Vaccination in Bombay 1913-1923 - 1913-1923
Year: 1913
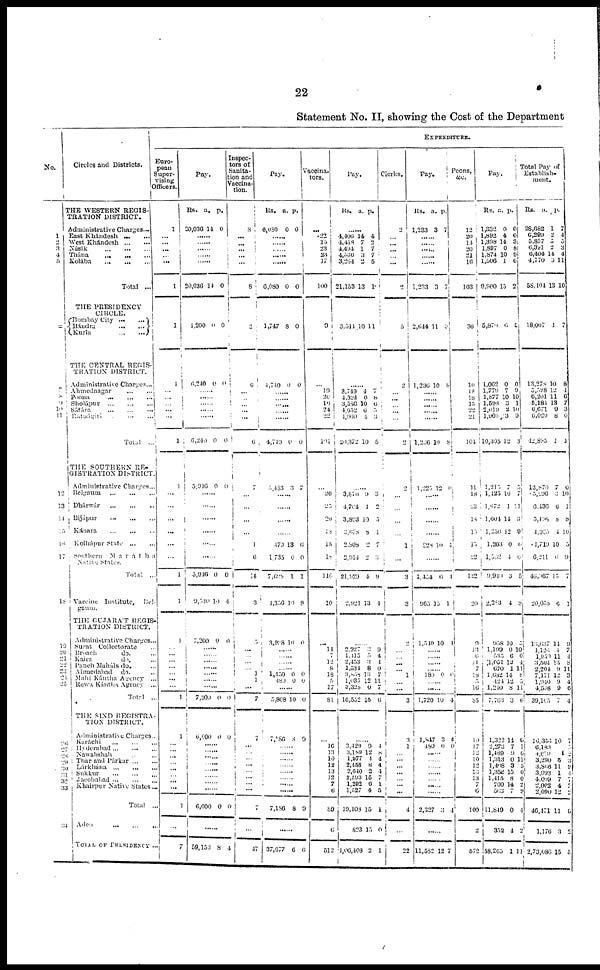
22
Statement No. II, showing the Cost of the Department
No.
1
2
3
4
5
6
7
8
9
10
11
12
13
14
15
16
17
18
19
20
21
22
23
24
25
26
27
28
29
30
31
32
33
34
Circles and Districts.
THE WESTERN REGIS-
TRATION DISTRICT.
Administrative Charges...
East Khándesh ... ...
West Khándesh ... ...
Násik
...
...
...
Thána...
...
...
Kolába
...
...
...
Total
...
THE PRESIDENCY
CIRCLE.
Bombay City
...
...
Bándra ... ...
Kurla
...
...
THE CENTRAL REGIS¬
TRATION DISTRICT.
Administrative Charges...
Ahmednagar
...
...
Poona
...
...
...
Sholápur
...
...
...
Sátára
...
...
...
Ratnágiri
...
...
Total ...
THE SOUTHERN RE-
GISTRATION DISTRICT.
Administrative Charges...
Belaum
...
...
...
Dhárwár
...
...
...
Bijápur
...
...
...
Kánara
...
...
...
Kolhápur State
...
...
Southern
Marátha
Native states.
Total
...
Vaccine
Institute,
Bel¬
gaum.
THE GUJARAT REGIS¬
TRATION DISTRICT.
Administrative Charges...
Surat
Collectorate ...
Broach
do. ...
Kaira
do. ...
Panch Maháls do. ...
Ahmedabad
do. ...
Mahi Kántha Agency
...
Rewa Kántha Agency
...
Total ...
THE SIND REGISTRA¬
TION DISTRICT.
Administrative Charges...
Karáchi
...
...
...
Hyderabad...
...
...
Nawabshah ... ...
Thar and Párkar... ...
Lárkhána
...
...
...
Sukkur
...
...
...
Jacobabad
...
...
...
khairpur Native States ...
Total
...
Aden
...
...
...
TOTAL OF
PRESIDENCY...
EXPENDITURE.
Euro-
pean
Super-
vising
Officers.
1
......
...
...
...
...
1
1
1
...
...
...
...
...
1
1
...
...
...
...
...
...
1
1
1
...
...
...
...
...
...
...
1
1
...
... ...
... ...
... ...
...
1
...
7
Pay.
Rs.
20,036
a.
14
p.
0
......
......
......
......
......
20,036
14 0
4,200 0
0
6,240 0
0
......
......
......
......
......
6,240 0
0
5,916 0 0
......
......
......
......
......
......
5,916
9,530
0
19
0
4
7,200 0 0
......
......
......
......
......
......
......
7,200 0 0
6,600 0
0
......
......
...... ......
...... ......
......
......
6,000 0 0
......
59,153 8 4
Inspec¬
tors of
Sanita¬
tion and
Vaccina¬
tion.
8
...
...
...
...
...
8
2
6
...
...
...
...
...
6
7
...
...
...
...
1
6
14
3
5
...
...
...
...
1
1
...
7
7
...
...
... ...
... ...
... ...
7
...
47
Pay.
Rs.
6,080
a.
0
p.
0
......
......
......
......
......
6,080 0 0
1,747
8 0
4,740 0 0
......
......
......
......
......
4,740 0 0
5,483 3 7
......
......
......
......
470
1,735
7,698
4,356
13
0
1
10
6
0
1
8
3,928 10 0
......
.....
.....
...
1,450
480
0
0 0
0
......
5,868 10 0
7,186 8 9
...... ......
......
......
......
...... ......
......
7,186
8 9
......
37,677
6
6
Vaccina¬
tors.
...
.22
15
23
23
17
100
9
...
19
20
16
24
22
101
...
20
25
20
18
15
18
116
10
...
14
7
12
8
18
9
17
81
...
16
13
10
12
13
12
7
6
89
6
512
Pay.
Rs.
a. p.
......
4,406
4,458
4,494
4,530
3,264
21,153
14
7
1
3
2
13
4
...
7
7
5
10
3,544 10 11
....
3,749
4,324
3,586
4,652
1,060
20,372
4
0
10
6
4
10
7
8
6
5
3
5
......
3,870
4,764
3,893
3,678
2,808
2,914
21,929
2,921
9
4
10
8
2
2
4
13
3
2
3
1
7
3
9
4
......
2,927
1,415
2,453
1,534
3,858
1,035
3,328
16,552
3 5
3
8
13
12
0
15
9
4
4
0
7
11
7
6
......
3,429
3,189
1,977
2,458
2,640
2,593
1,292
1,527
19,108
823
1,06,408
9
12
4
8
2
15
6
4
15
15
2
4
8
4
4
4
7
1
5
4
0
1
Clerks.
2
...
...
...
...
...
2
5
2
...
...
...
...
...
2
2
...
...
...
...
1
...
3
3
2
...
...
...
...
1
...
...
3
3
1
...
...
...
...
... ...
...
4
...
22
Pay.
Rs.
1,233
a.
3
p.
7
......
......
......
......
......
1,233
3 7
2,644
11
7
1,236 10 8
......
......
......
......
......
1,236 19
8
1,225 12 0
......
......
......
......
228 10 4
......
1,454
965
6
15
4
1
1,510 10 4
......
......
......
......
180
0 0
......
1,720 10
4
1,847
480
3
0
4
0
......
......
...... ......
......
...... ......
2,327 3 4
......
11,582 12 7
Peons,
&c.
12
20
14
20
21 16
103
36
10
18
18
15
22 21
104
11
18
23
18
15
15
22
122
20
9
13
6
11
7
18
5
16
85
19
17
12 10
12
13
13
7
6
109
2
572
Pay.
Rs.
1,332
1,892
1,398
1,897
1,874
1,506
9,800
a.
0
4
14
0
10
1
15
p.
0
0
3
8
9
6
2
5,870 6 5
1,062
1,779
1,877
1,598
2,019
1,969
10,305
0
7
10
3
2
13
12
0
9
10
1
10
9
3
1,215
1,123
1,672
1,604
1,256
1,203
1,562
9,940
2,383
7
10
1
14
12
0
4
3
4
5
7
11
3
9
0
6
5
8
958
1,199
535
1,051
670
1,682
424
1,210
7,763
10
0
6
12
1
14
12
8
3
5
10
0
4
11
8 5
11
6
1,322
2,273
1,489
1,313
1,408
1,352
1,415
709
563
11,849
352
58,265
14
7
9
0
3
15
8
14
7
0
4
1
6
1
6
11
5
0
0
2
9
4
2
11
Total Pay of
Establish-
ment.
Rs.
28,682
6,299
5,857
6,391
6,404
4,770
58,104
a.
1
2
5
2 14
3
13
p.
7
4
5
3
4
11
10
18,007
4
7
13,278
5,528
6,201
5,184
6,671
6,029
12,895
10
12 11
13
9
8
1
8
4 6
7 3
0
4
13,870
5,296
6,436
5,498
4,935
1,719
6,211
46,967
20,058
7
3
6
8
4
10
6
15
6
0
10
1
8
10
5
9
7
1
13,637
4,126
1,950
3,504
2,204
7,171
1,940
4,568
39,105
14
4 11
15
9 12
9
9
7
9
7
4
8
11
3
4
6
4
16,356
6,183
4,670
3,290
3,866
3,993
4,009
2,002
2,090
46,471
1,176
2,73,086
10
4
5 11
1
7
4 12
11
3
15
7
3
2
3
9
4
7
3 2
6
2
5